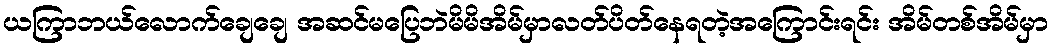
ယကြာဘယ်လောက်ချေချေ အဆင်မပြေဘဲမိမိအိမ်မှာလတ်ပိတ်နေရတဲ့အကြောင်းရင်း အိမ်တစ်အိမ်မှာ